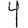
Digit: 4